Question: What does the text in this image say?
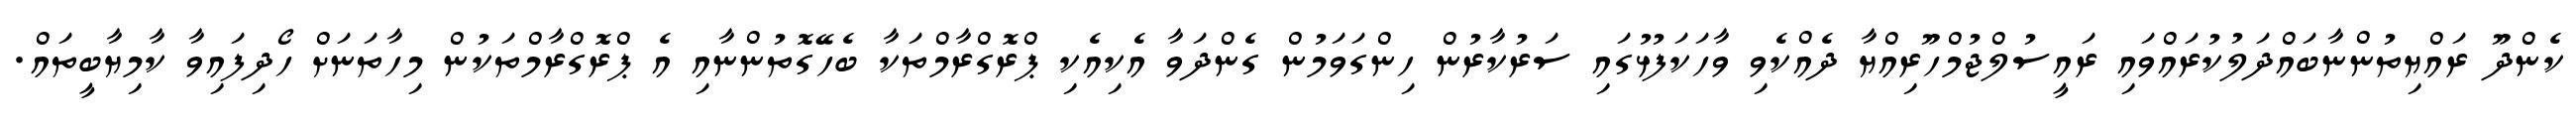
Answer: ކެންދޫ ރައްޔިތުންނާބައްދަލުކުރައްވައި ރައީސުލްޖުމްހޫރިއްޔާ ދެއްކެވި ވާހަކަފުޅުގައި ސަރުކާރުން ހިންގަވަމުން ގެންދަވާ އެކިއެކި ޕްރޮގްރާމްތަކާ ބެހޭގޮތުންނާއި އެ ޕްރޮގްރާމްތަކުން މިހާތަނަށް ހޯދިފައިވާ ކާމިޔާބީތައް.